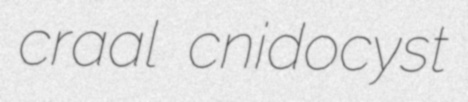
craal cnidocyst